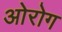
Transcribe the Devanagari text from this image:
ओरोग